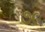
૭૯